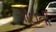
સોદાની